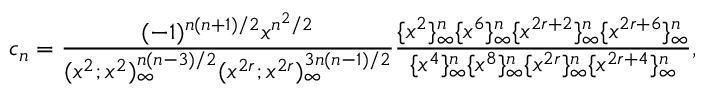
c _ { n } = \frac { ( - 1 ) ^ { n ( n + 1 ) / 2 } x ^ { n ^ { 2 } / 2 } } { ( x ^ { 2 } ; x ^ { 2 } ) _ { \infty } ^ { n ( n - 3 ) / 2 } ( x ^ { 2 r } ; x ^ { 2 r } ) _ { \infty } ^ { 3 n ( n - 1 ) / 2 } } \frac { \{ x ^ { 2 } \} _ { \infty } ^ { n } \{ x ^ { 6 } \} _ { \infty } ^ { n } \{ x ^ { 2 r + 2 } \} _ { \infty } ^ { n } \{ x ^ { 2 r + 6 } \} _ { \infty } ^ { n } } { \{ x ^ { 4 } \} _ { \infty } ^ { n } \{ x ^ { 8 } \} _ { \infty } ^ { n } \{ x ^ { 2 r } \} _ { \infty } ^ { n } \{ x ^ { 2 r + 4 } \} _ { \infty } ^ { n } } ,